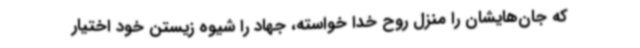
که جان‌هایشان را منزل روح خدا خواسته، جهاد را شیوه زیستن خود اختیار